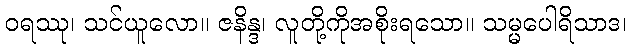
ဝရဿု၊ သင်ယူလော။ ဇနိန္ဒ၊ လူတို့ကိုအစိုးရသော။ သမ္မပေါရိသာဒ၊